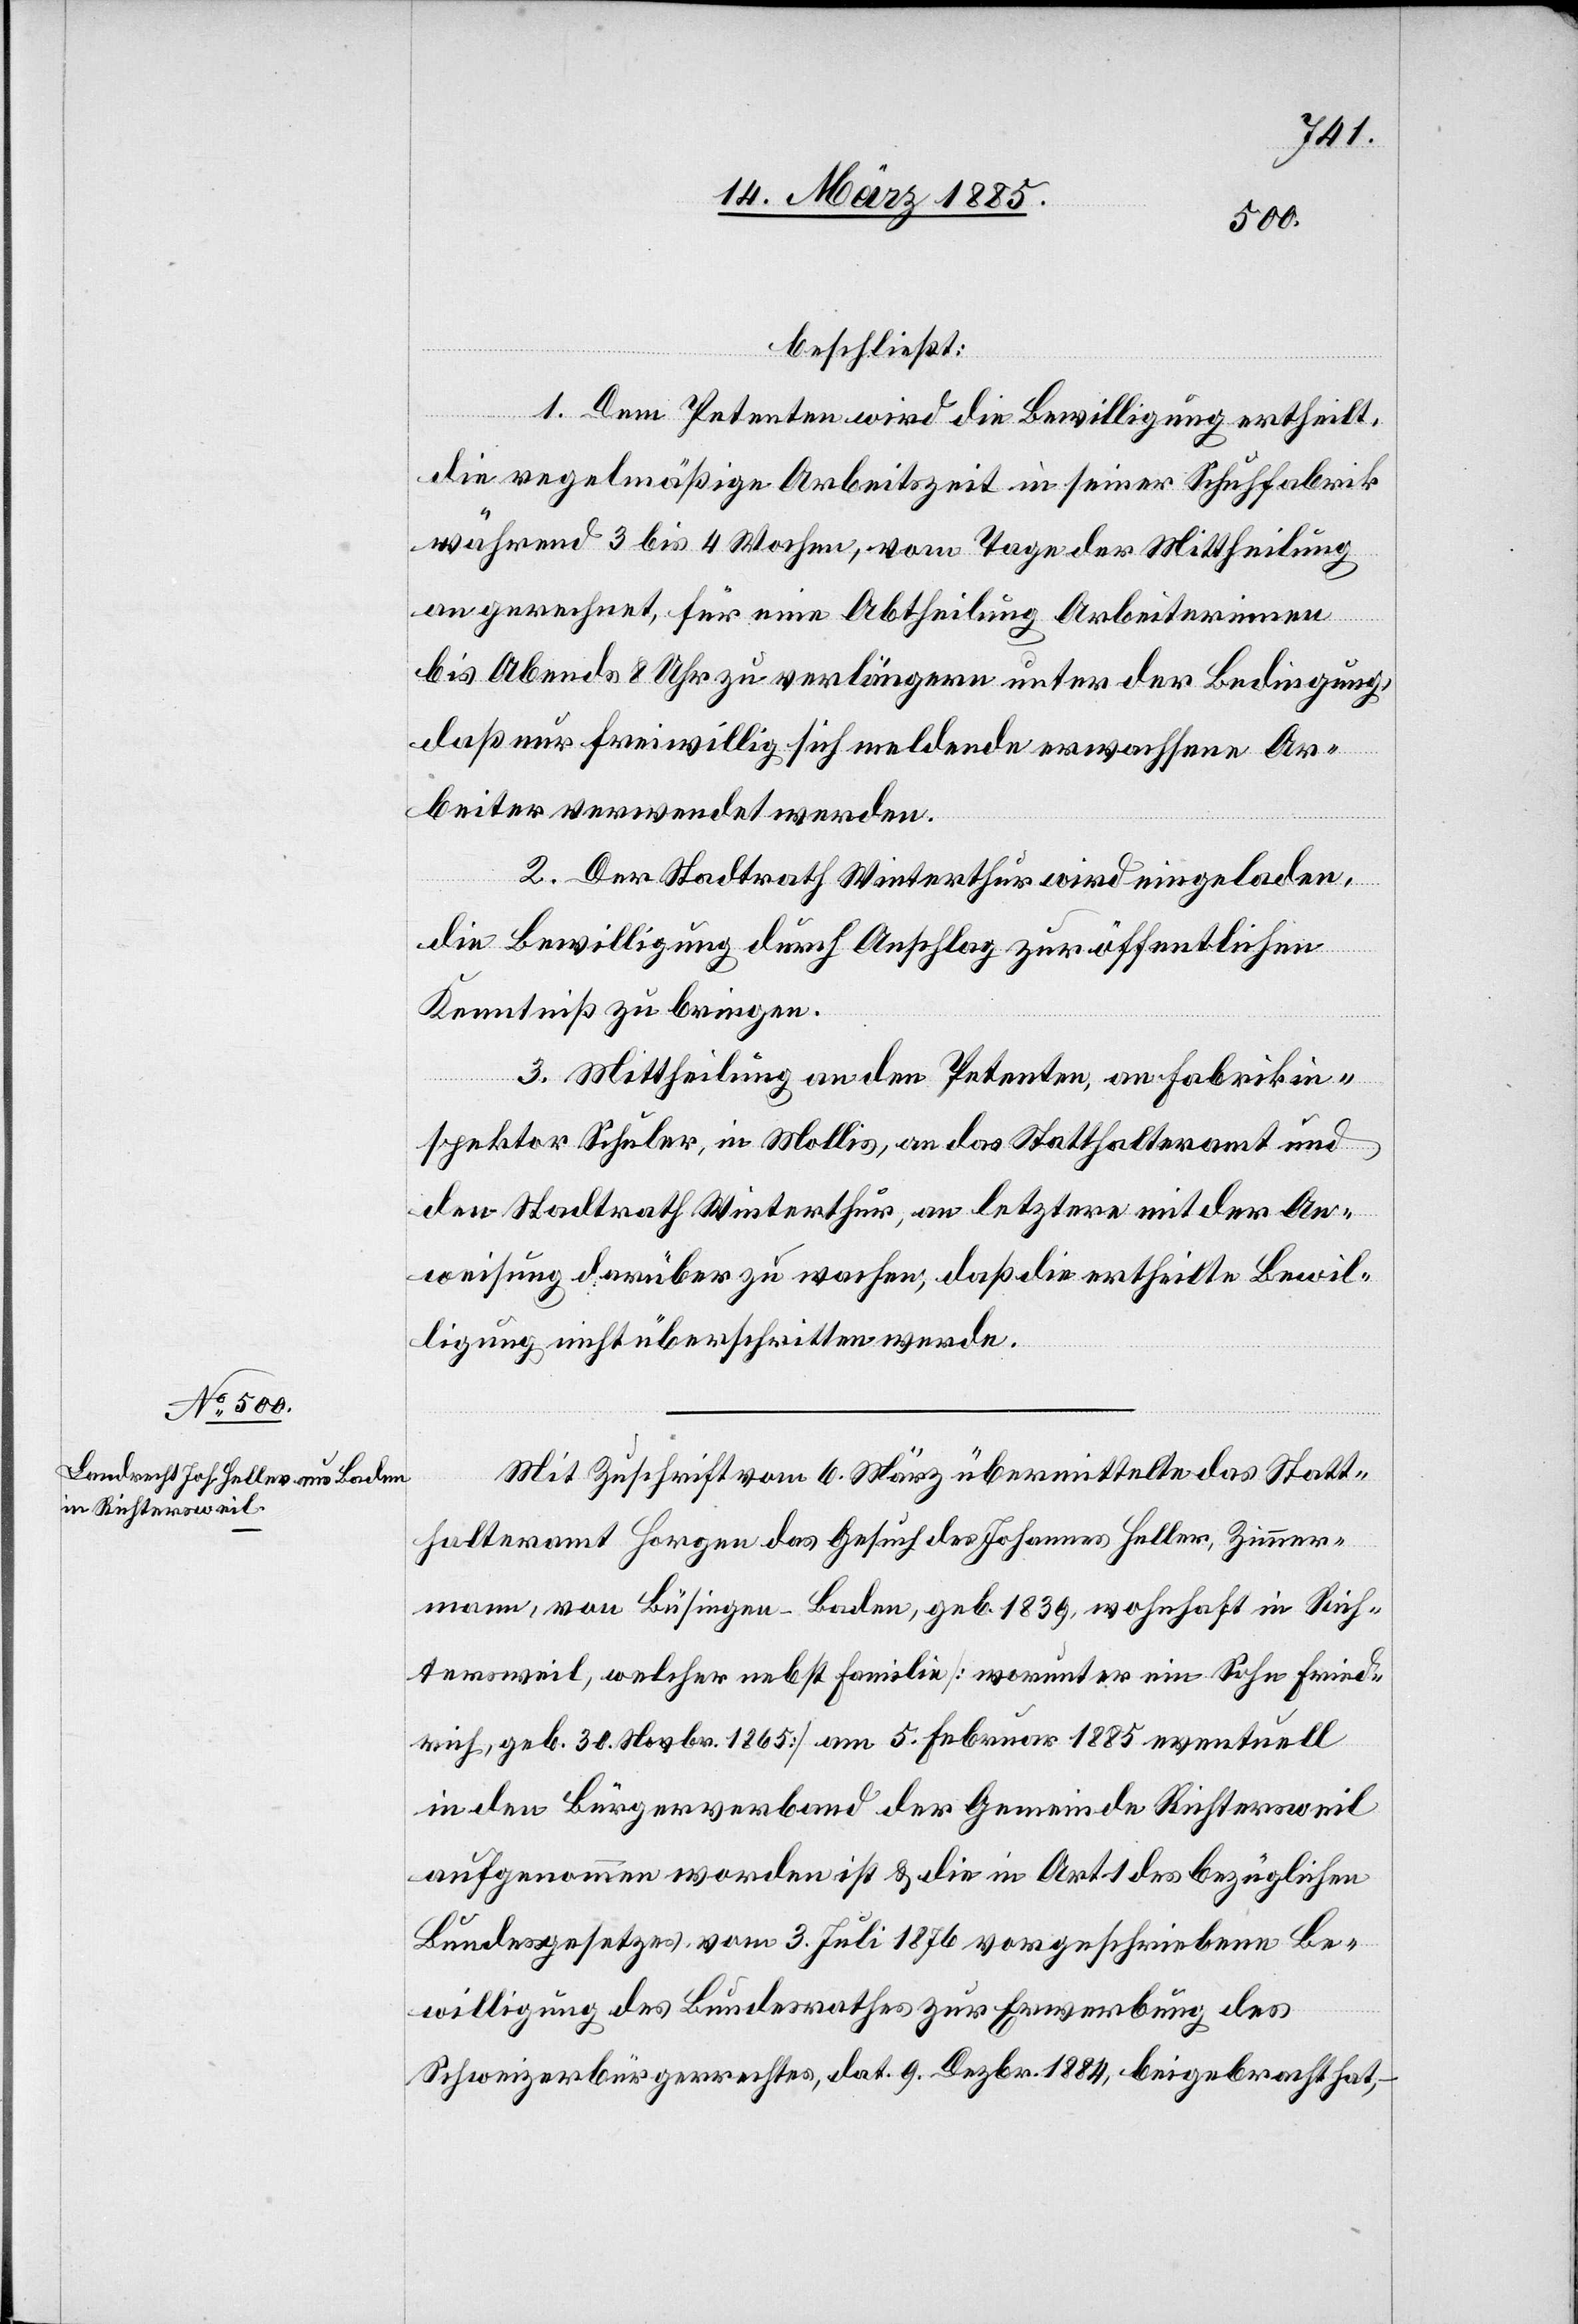
beschließt:
1. Dem Petenten wird die Bewilligung ertheilt,
die regelmäßige Arbeitszeit in seiner Schuhfabrik
während 3 bis 4 Wochen, vom Tage der Mittheilung
an gerechnet, für eine Abtheilung Arbeiterinnen
bis Abends 8 Uhr zu verlängern unter der Bedingung,
daß nur freiwillig sich meldende erwachsene Ar¬
beiter verwendet werden.
2. Der Stadtrath Winterthur wird eingeladen,
die Bewilligung durch Anschlag zur öffentlichen
Kenntniß zu bringen.
3. Mittheilung an den Petenten, an Fabrikin¬
spektor Schuler, in Mollis, an das Statthalteramt und
den Stadtrath Winterthur, an letztere mit der An¬
weisung darüber zu wachen, daß die ertheilte Bewil¬
ligung nicht überschritten werde.
Mit Zuschrift vom 6. März übermittelte das Statt¬
halteramt Horgen das Gesuch des Johannes Heller, Zimmer¬
mann, von Büsingen - Baden, geb. 1839, wohnhaft in Rich¬
tersweil, welcher nebst Familie [worunter ein Sohn Fried¬
rich, geb. 30. Novbr. 1865] am 5. Februar 1885 eventuell
in den Bürgerverband der Gemeinde Richtersweil
aufgenommen worden ist & die in Art. 1 des bezüglichen
Bundesgesetzes vom 3. Jul 1876 vorgeschriebene Be¬
willigung des Bundesrathes zur Erwerbung des
Schweizerbürgerrechtes, dat. 9. Dezbr. 1884, beigebracht hat,